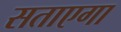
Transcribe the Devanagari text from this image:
सताएगा